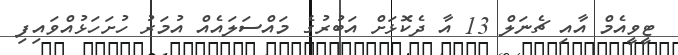
ޓީވީއެމް އާއި ޗެނަލް 13 އާ ދެކޮޅަށް އަބުރުގެ މައްސަލައެއް އުމަރު ހުށަހަޅުއްވައިފި